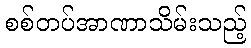
စစ်တပ်အာဏာသိမ်းသည့်